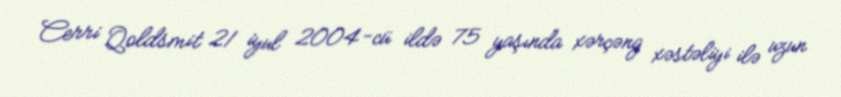
Cerri Qoldsmit 21 iyul 2004-cü ildə 75 yaşında xərçəng xəstəliyi ilə uzun